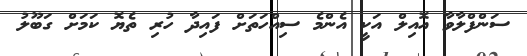
ސަންފްލާވާ އޮއިލް އަކީ އެންމެ ސިއްހަތަށް ފައިދާ ހުރި ތެޔޮ ކަމަށް ގަބޫލު